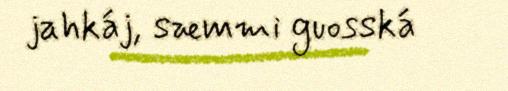
jahkáj, sæmmi guosská